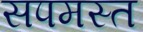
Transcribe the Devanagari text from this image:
सपमस्त